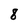
Character: 8